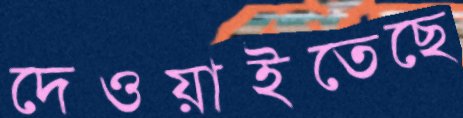
দেওয়াইতেছে